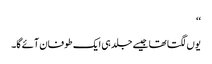
‘‘
یوں لگتا تھا جیسے جلد ہی ایک طوفان آئے گا۔